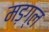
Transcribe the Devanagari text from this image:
मड़ग्ल